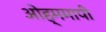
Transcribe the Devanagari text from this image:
ओह्ममापी